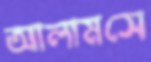
আলামসে